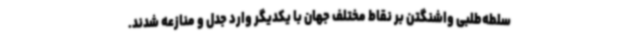
سلطه‌طلبی واشنگتن بر نقاط مختلف جهان با یکدیگر وارد جدل و منازعه شدند.